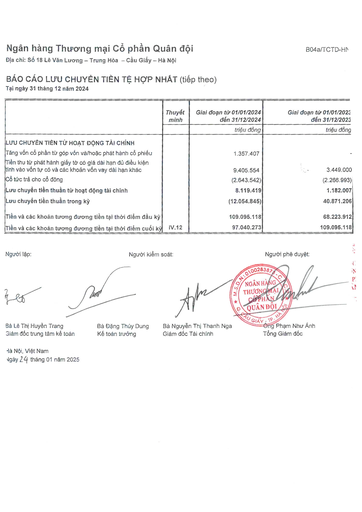
||Thuyết minh|Giai đoạn từ 01/01/2024 đến 31/12/2024|Giai đoạn từ 01/01/2023 đến 31/12/2023| |---|---|---|---| |||triệu đồng|triệu đồng| |Lưu chuyển tiền từ hoạt động tài chính Tăng vốn cổ phần từ góp vốn và/hoặc phát hành cổ phiếu||1.357.407|| |Tiền thu từ phát hành giấy tờ có giá dài hạn đủ điều kiện tính vào vốn tự có và các khoản vốn vay dài hạn khác||9.405.554|3.449.000| |Cổ tức trả cho cổ đông||(2.643.542)|(2.266.993)| |Lưu chuyển tiền thuần từ hoạt động tài chính||8.119.419|1.182.007| |Lưu chuyển tiền thuần trong kỳ||(12.054.845)|40.871.206| |Tiền và các khoản tương đương tiền tại thời điểm đầu kỳ||109.095.118|68.223.912| |Tiền và các khoản tương đương tiền tại thời điểm cuối kỳ|IV.12|97.040.273|109.095.118|